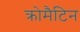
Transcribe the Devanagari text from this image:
क्रोमैटिन